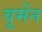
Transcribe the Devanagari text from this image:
वूमेंन